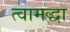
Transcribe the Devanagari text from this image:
त्वामद्धा